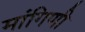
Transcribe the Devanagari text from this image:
मांगिणी